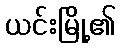
ယင်းမြို့၏